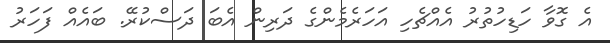
އެ ގޮވާ ހަޑިހުތުރު އެއްޗެހި އަހަރެމެންގެ ދަރިން އެބަ ދަސްކުރޭ. ބައެއް ފަހަރު